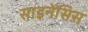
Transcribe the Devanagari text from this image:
साइनेंसिस